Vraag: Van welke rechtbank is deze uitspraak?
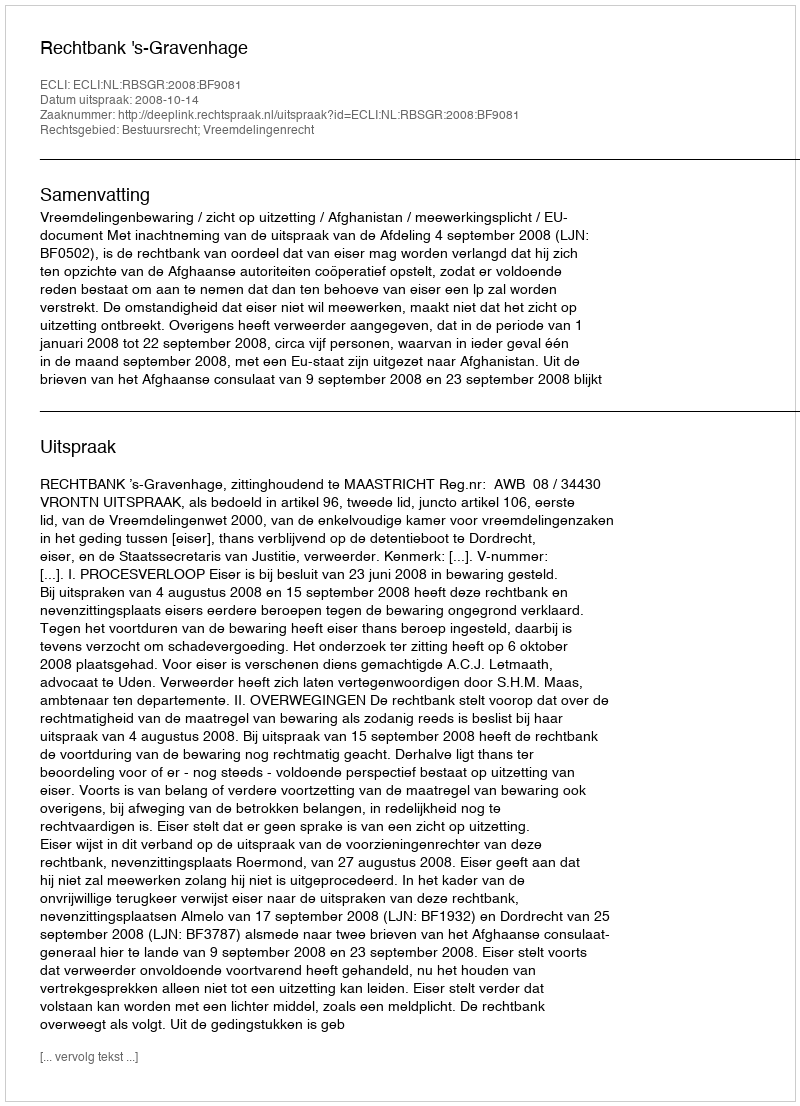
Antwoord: Rechtbank 's-Gravenhage